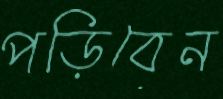
পড়িবেন